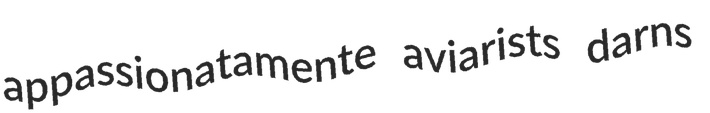
appassionatamente aviarists darns